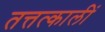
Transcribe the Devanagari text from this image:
तत्तत्कालीं